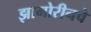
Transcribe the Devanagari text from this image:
झामोरीनचे